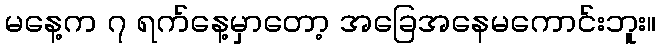
မနေ့က ၇ ရက်နေ့မှာတော့ အခြေအနေမကောင်းဘူး။